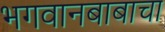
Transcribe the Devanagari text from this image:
भगवानबाबाचा